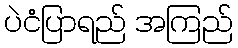
ပဲငံပြာရည် အကြည်